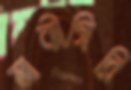
মাঝীগিরি